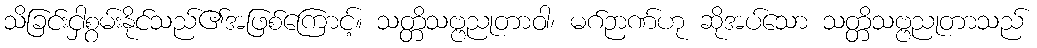
သိခြင်းငှါစွမ်းနိုင်သည်၏အဖြစ်ကြောင့်။ သတ္တိသဗ္ဗညုတာဝါ၊ မဂ်ဉာဏ်ဟု ဆိုအပ်သော သတ္တိသဗ္ဗညုတာသည်